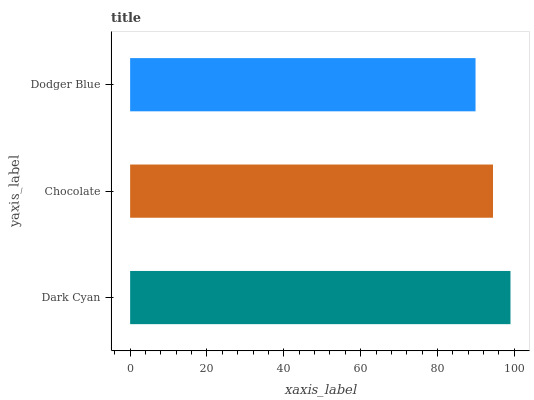
| yaxis_label | bars |
 | --- | --- |
 | Dark Cyan | 99 |
 | Chocolate | 94.5 |
 | Dodger Blue | 89.9 |